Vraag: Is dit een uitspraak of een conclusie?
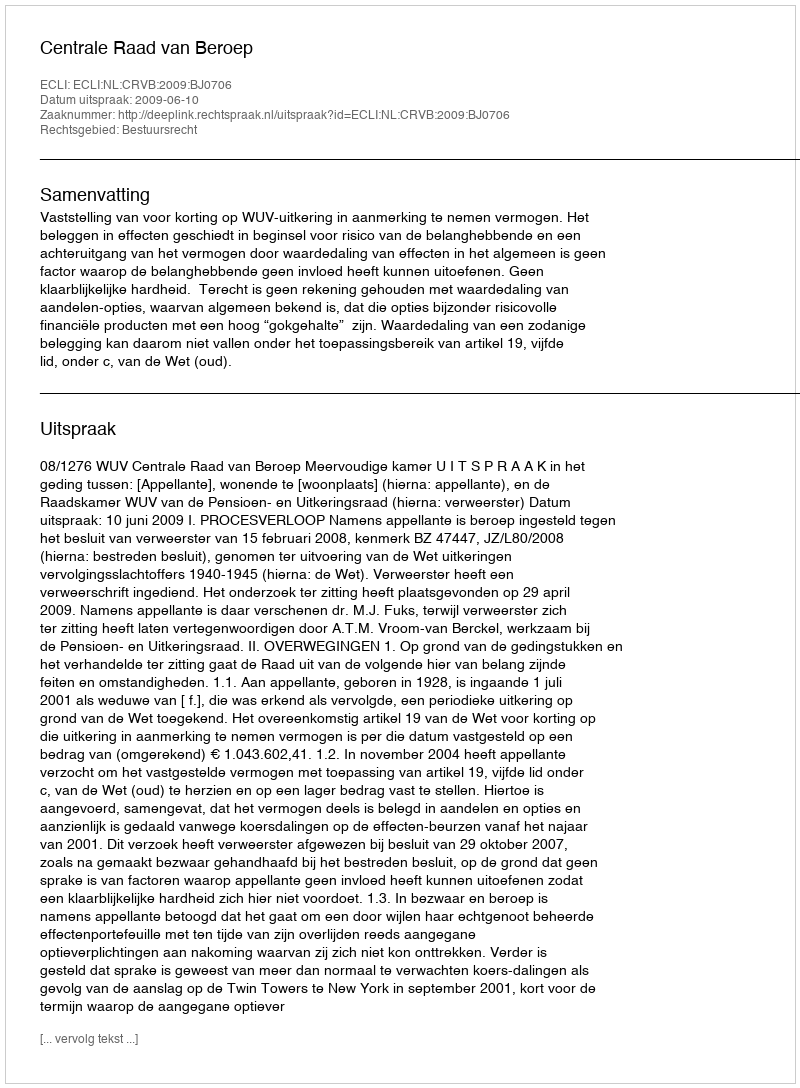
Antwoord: Uitspraak